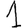
Digit: 1